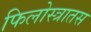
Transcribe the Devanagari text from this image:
फिलोस्त्रातस